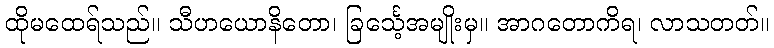
ထိုမထေရ်သည်။ သီဟယောနိတော၊ ခြင်္သေ့အမျိုးမှ။ အာဂတောကိရ၊ လာသတတ်။